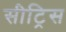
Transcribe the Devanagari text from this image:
सीट्रिस